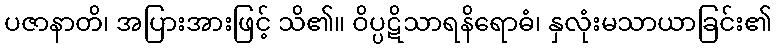
ပဇာနာတိ၊ အပြားအားဖြင့် သိ၏။ ဝိပ္ပဋိသာရနိရောဓံ၊ နှလုံးမသာယာခြင်း၏